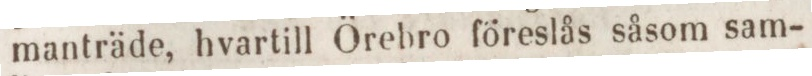
manträde, hvartill Örebro föreslås såsom sam-